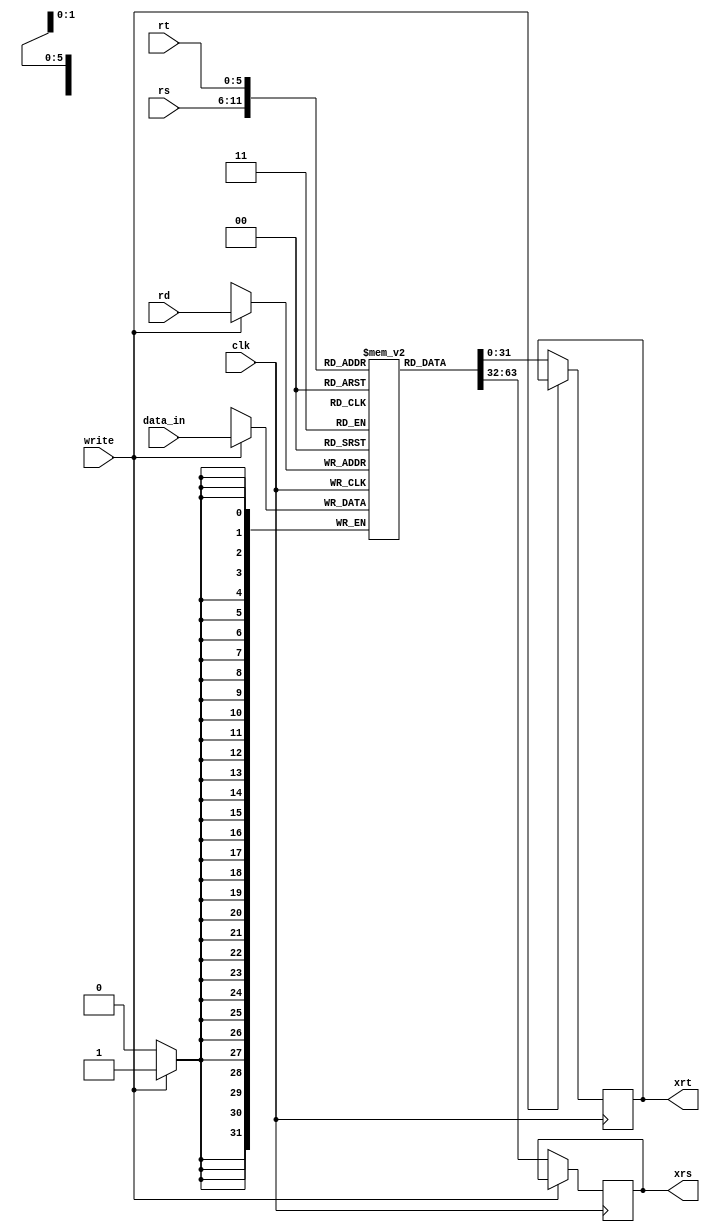
module register_file (
    clk, rs, rt, rd, data_in, write, xrs, xrt
);

input clk, write;
input [5:0] rs, rt, rd;
input [31:0] data_in;

output reg [31:0] xrs, xrt;

reg [31:0] registers [63:0];

always@(posedge clk)
begin
    if (~write)
    begin
        xrs = registers[rs];
        xrt = registers[rt];
    end
    if (write)
    begin
        registers[rd] = data_in;
    end
end
    
endmodule